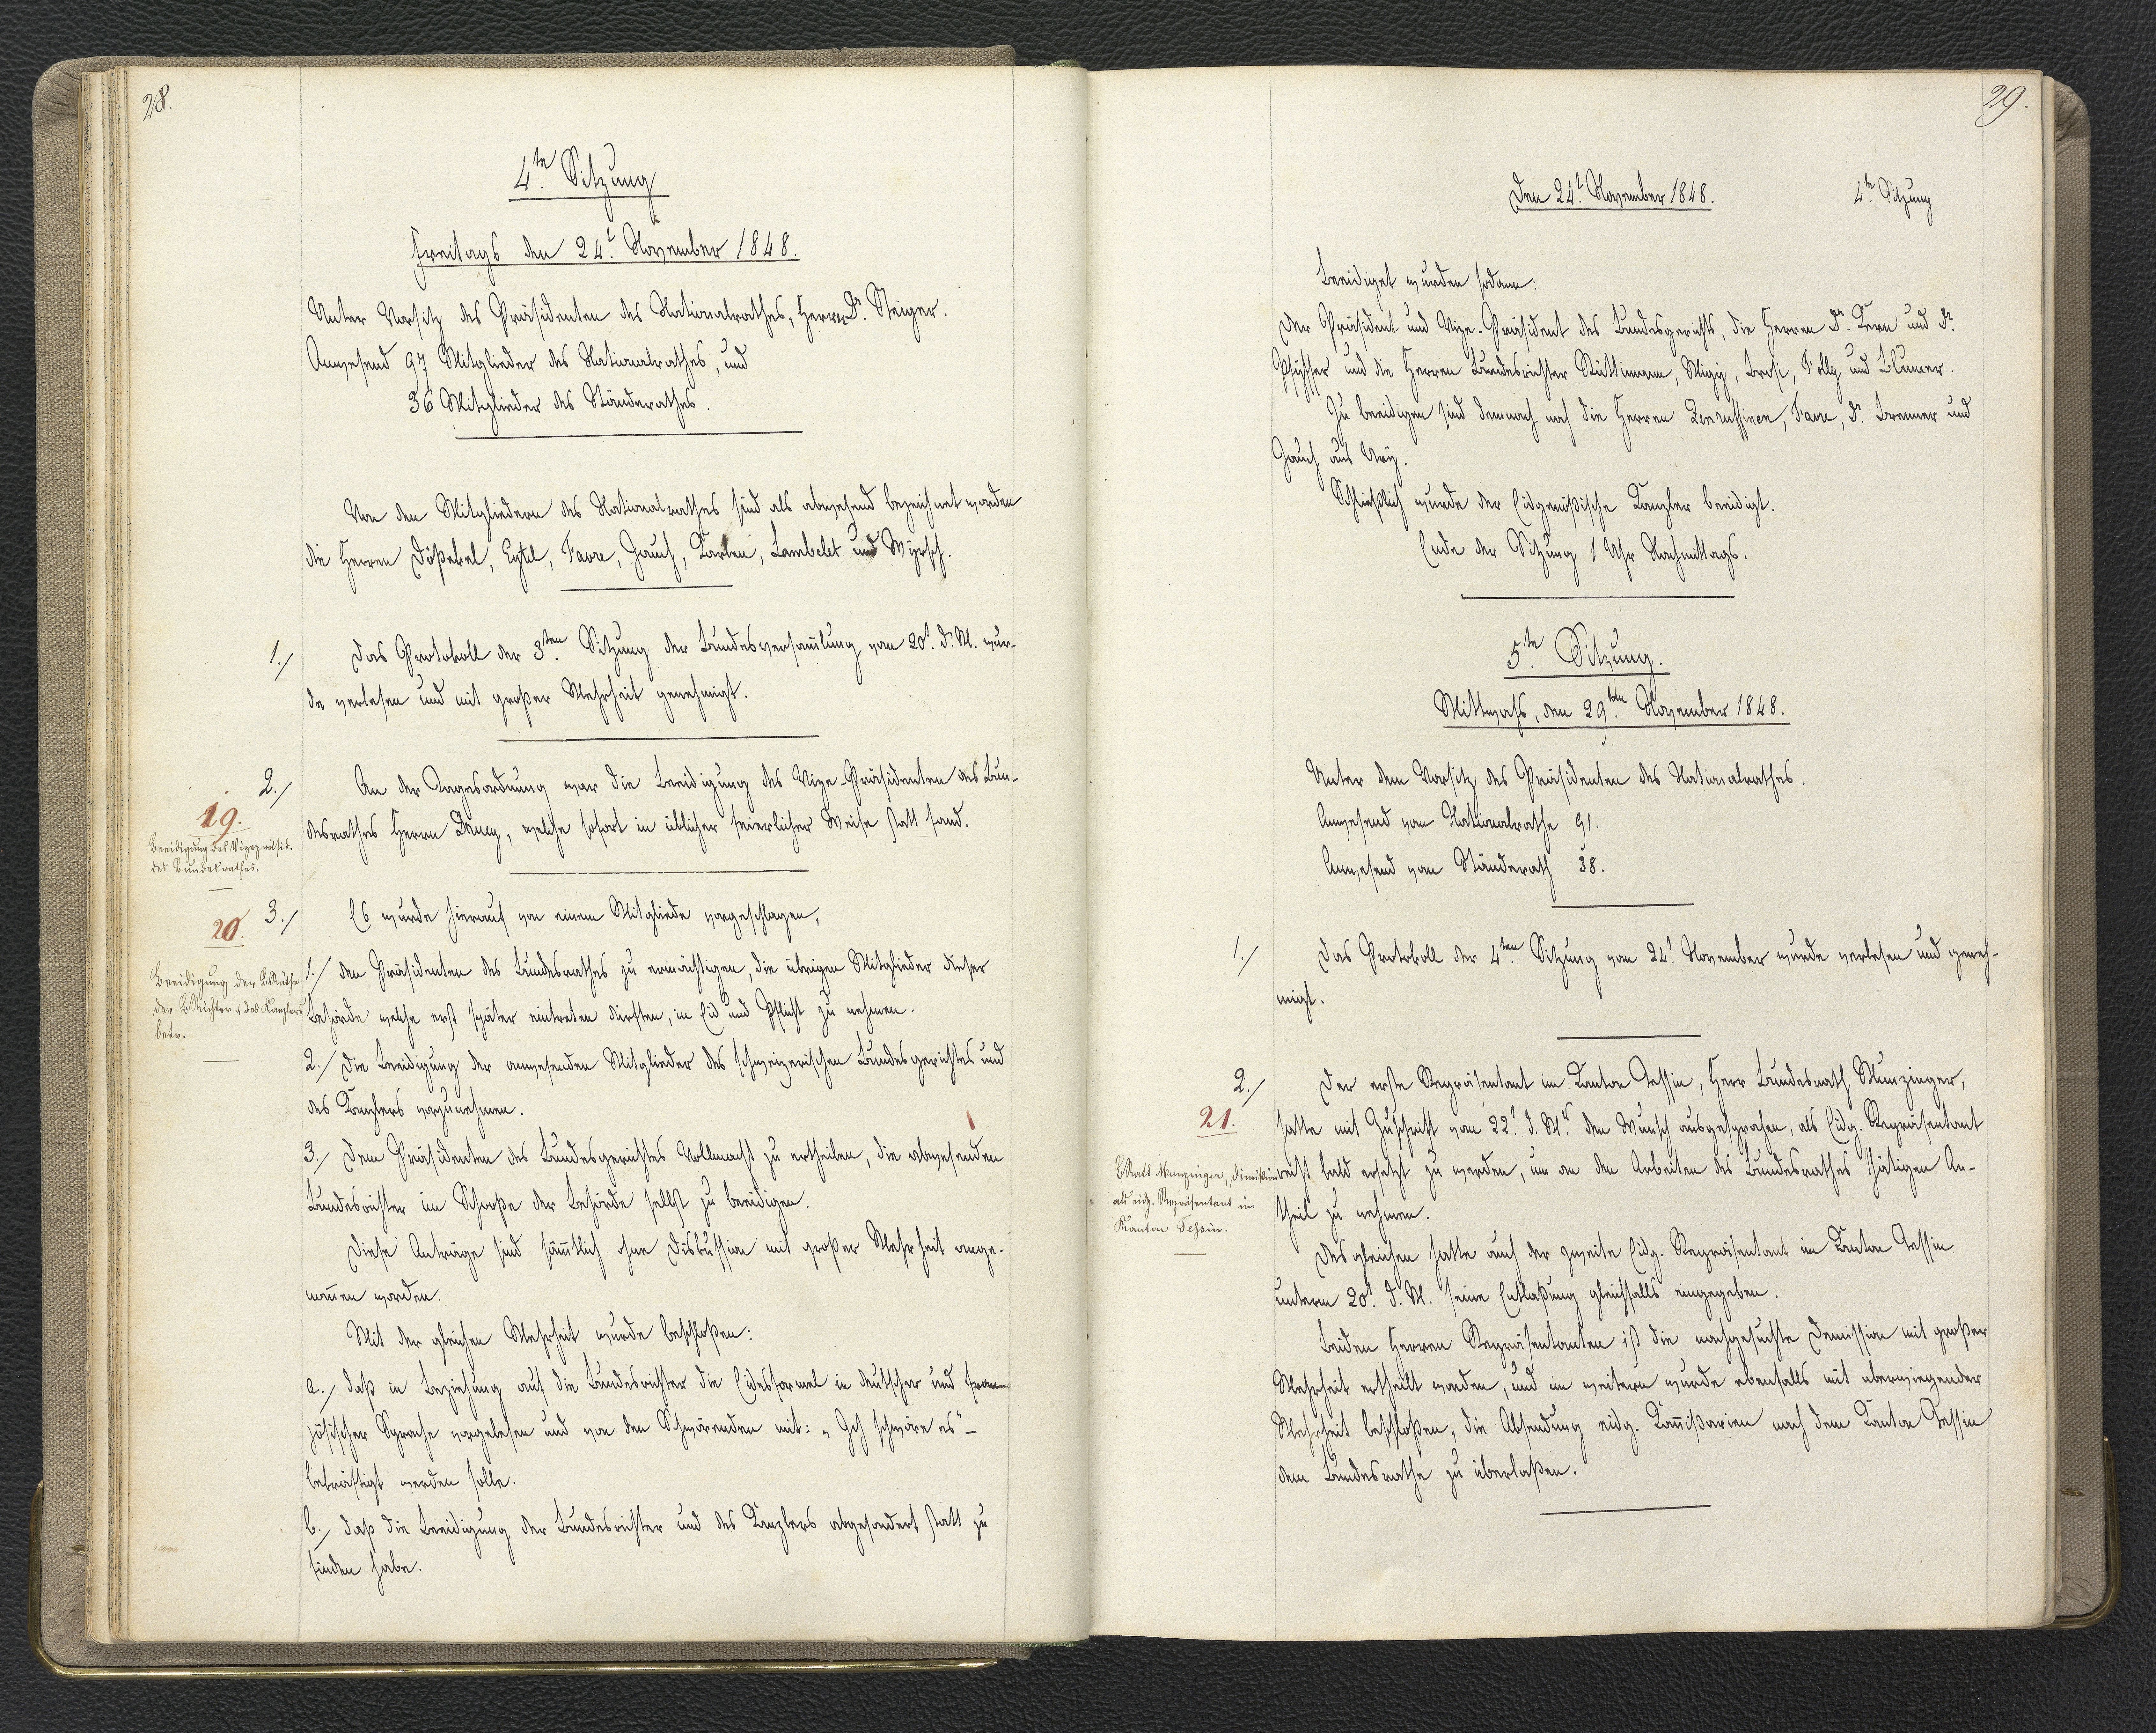
28.

4.te Sitzung
Freitags den 24.t November 1848.

Unter Vorsitz des Präsidenten des Nationalrathes, Herrn Dr. Steiger.
Anwesend 97 Mitglieder des Nationalrathes, und
36 Mitglieder des Ständerathes
Von den Mitgliedern des Nationalrathes sind als abwesend bezeichnet worden
die Herren Dößekel, Eytel, Favre, Jauch, Karlen, Lambelet und Wyrsch.
Das Protokoll der 3.ten Sitzung der Bundesversammlung vom 20.t d. M. wur¬
de verlesen und mit großer Mehrheit genehmigt.
T. D.
An der Tagesordnung war die Beeidigung des Vize-Präsidenten des Bun¬
desrathes Herrn Druey, welche sofort in üblicher feierlicher Weise statt fand.
Es wurde hierauf von einem Mitgliede vorgeschlagen,
1. den Präsidenten des Bundesrathes zu ermächtigen, die übrigen Mitglieder dieser
Behörde welche erst später eintreten dürften, in Eid und Pflicht zu nehmen.
2. Die Beeidigung der anwesenden Mitglieder des schweizerischen Bundesgerichtes und
des Kanzlers vorzunehmen.
3. Dem Präsidenten des Bundesgerichtes Vollmacht zu ertheilen, die abwesenden
Bundesrichter im Schooße der Behörde selbst zu beeidigen.
Diese Anträge sind sämmtlich ohne Diskussion mit großer Mehrheit ange¬
nommen worden.
Mit der gleichen Mehrheit wurde beschloßen:
a. daß in Beziehung auf die Bundesrichter die Eidesformel in deutscher und fran¬
zösischer Sprache vorgelesen und von den Schwörenden mit: "Ich schwöre es" -
bekräftigt werden solle.
b. daß die Beeidigung der Bundesrichter und des Kanzlers abgesondert statt zu
finden habe.

1.

2.
19.
Beeidigung des Vizepräsid.
des Bundesrathes.

20. 3.
Beeidigung der B. Räthe
der B. Richter & des Kanzlers
betr.

29.

Den 24.t November 1848.
4.te Sitzung

Beeidiget wurden sodann:
Der Präsident und Vize-Präsident des Bundesgerichts, die Herren Dr. Kern und Dr.
Pfyffer und die Herren Bundesrichter Rüttimann, Mygi, Brosi, Folly und Blumer.
Zu beeidigen sind demnach noch die Herren Zenruffinen, Favre, Dr. Brenner und
Jauch aus Ury.
Schließlich wurde der Eidgenößische Kanzler beeidigt.
Ende der Sitzung 1 Uhr Nachmittags.